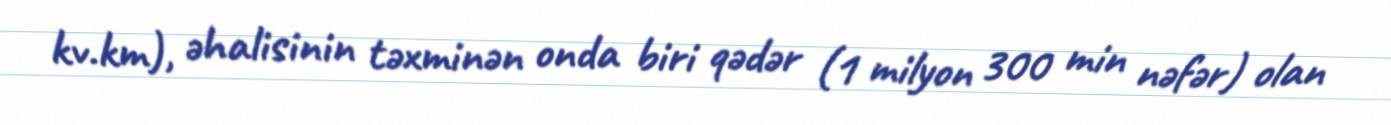
kv.km), əhalisinin təxminən onda biri qədər (1 milyon 300 min nəfər) olan